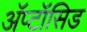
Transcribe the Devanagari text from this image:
अॅप्टॉसिड